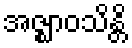
အဇ္ဈာဝသိန္တိ